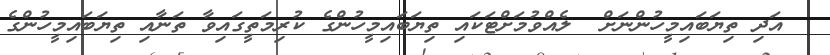
އަދި ތިޔަބައިމީހުންނަށް  ލެއްވުމަށްޓަކައި ތިޔަބައިމީހުންގެ ކުރިމަތީގައިވާ ތަނާއި ތިޔަބައިމީހުންގެ